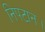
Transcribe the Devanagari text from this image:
निपटान।